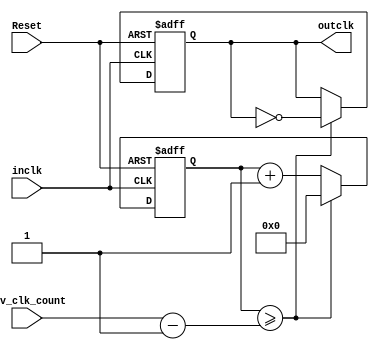
`timescale 1ns / 1ps
module Gen_Clock_Divider(inclk, outclk, div_clk_count, Reset);
    input inclk;
	input Reset;
	output outclk;
	input[31:0] div_clk_count;

	reg outclk = 0;
	reg [31:0] count = 0;

	always @(posedge inclk, negedge Reset) begin
		if (~Reset) begin
			count <= 32'b0;
			outclk <= 1'b0;
		end

		else if (count >= (div_clk_count - 1)) begin
			count <= 32'b0;
			outclk <= ~outclk;
		end
			
		else
			count <= count + 1'b1;
	end
endmodule